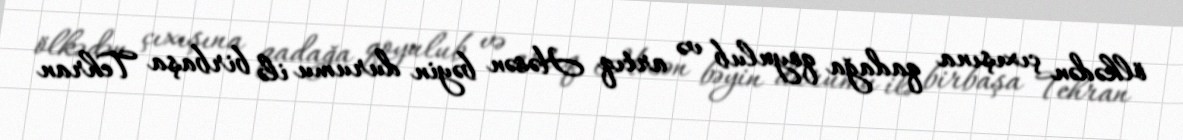
ölkədən çıxışına qadağa qoyulub və artıq Həsən bəyin durumu ilə birbaşa Tehran